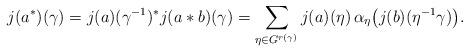
LaTeX: \begin{align*} j(a^{*})(\gamma)=j(a)(\gamma^{-1})^{*} j(a*b)(\gamma) = \sum_{\eta\in G^{r(\gamma)}} j(a)(\eta) \, \alpha_{\eta}\bigl(j(b)(\eta^{-1}\gamma)\bigr) . \end{align*}